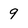
Character: 9